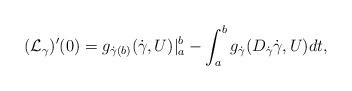
LaTeX: \begin{align*} ({\cal L_\gamma})'(0)=g_{\dot\gamma(b)}(\dot \gamma,U)|_a^b-\int_a^bg_{\dot\gamma}(D_{\dot\gamma}{\dot\gamma},U)dt,\end{align*}